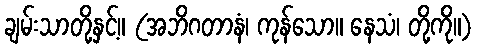
ချမ်းသာတို့နှင့်။ (အဘိဂတာနံ၊ ကုန်သော။ နေသံ၊ တို့ကို။)